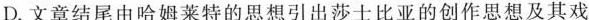
D.文章结尾由哈姆莱特的思想引出莎士比亚的创作思想及其戏